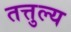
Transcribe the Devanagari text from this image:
तत्तुल्य